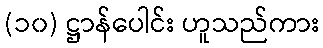
(၁၀) ဋ္ဌာန်ပေါင်း ဟူသည်ကား